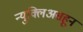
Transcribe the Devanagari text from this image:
न्युक्लिअसहून